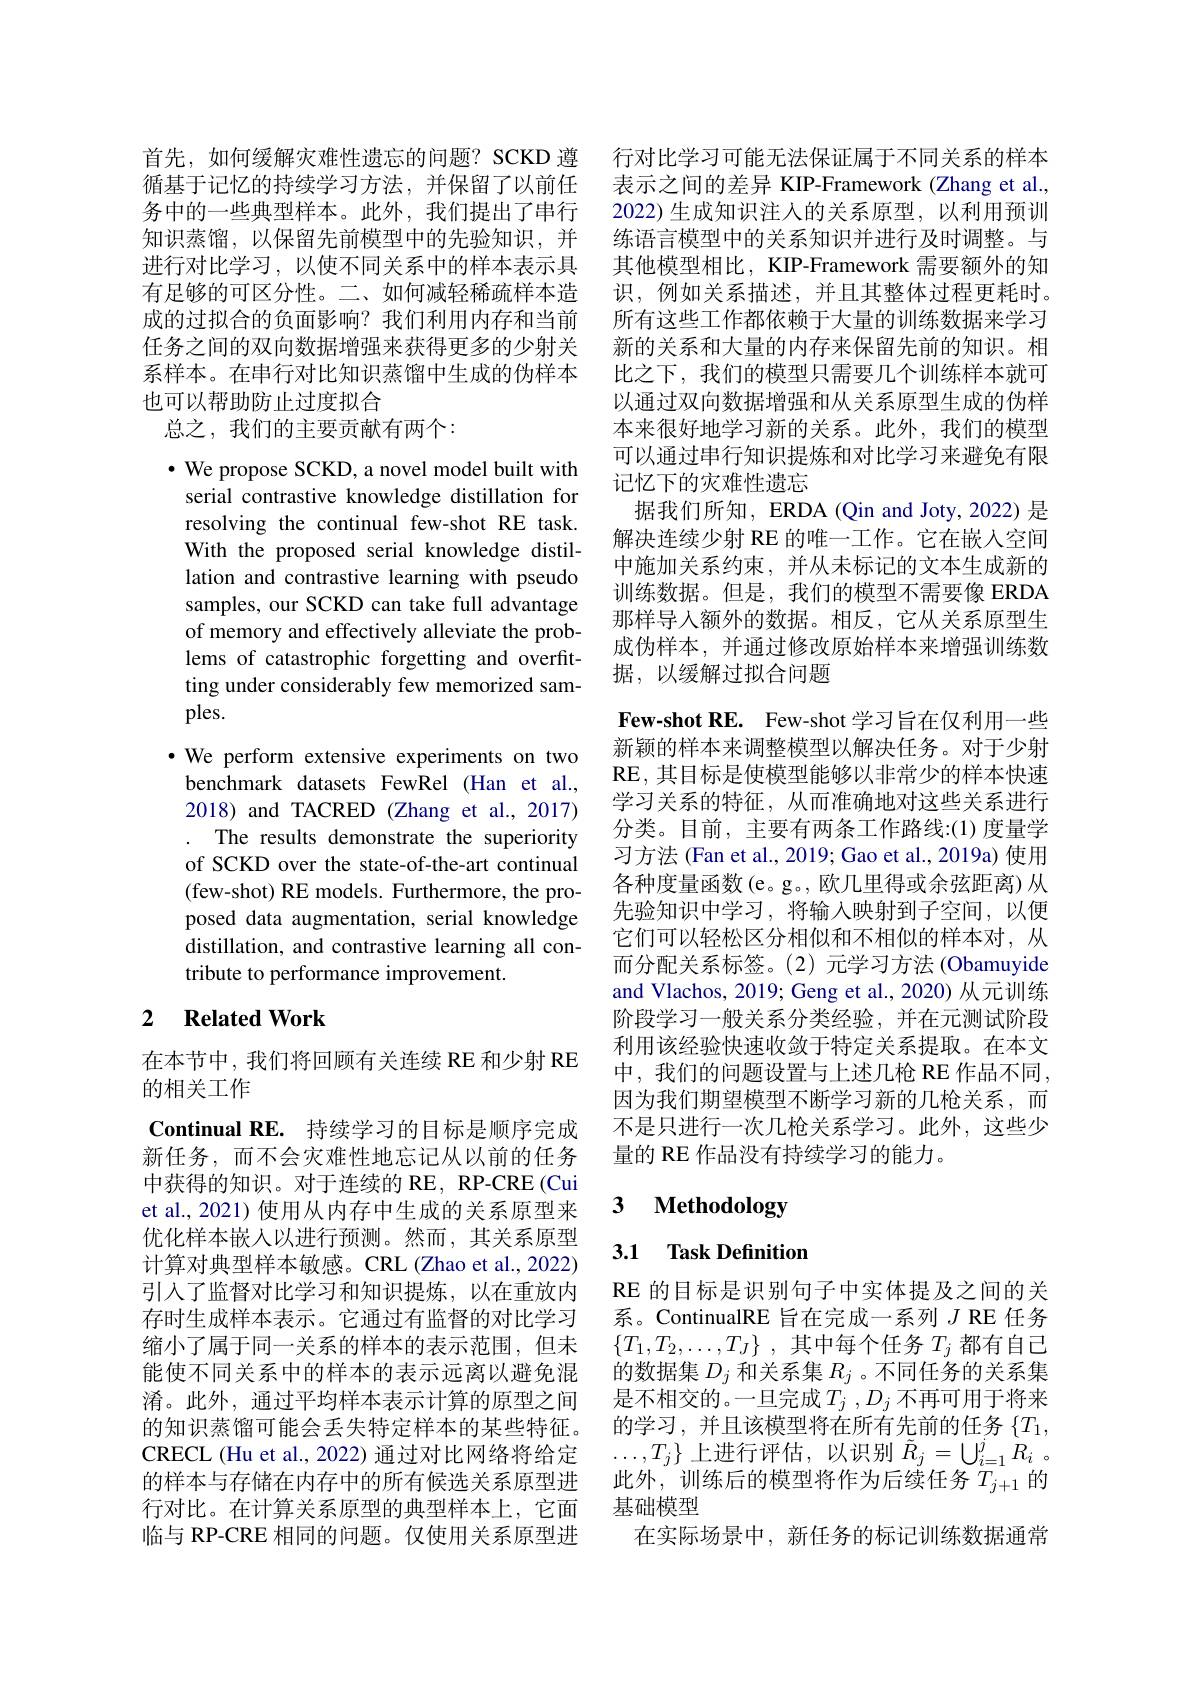
首先，如何缓解灾难性遗忘的问题？SCKD 遵 行对比学习可能无法保证属于不同关系的样本循基于记忆的持续学习方法，并保留了以前任 表示之间的差异 KIP-Framework (Zhang et al., 务中的一些典型样本。此外，我们提出了串行 2022)生成知识注人的关系原型，以利用预训知识蒸馏，以保留先前模型中的先验知识，并 练语言模型中的关系知识并进行及时调整。与进行对比学习，以使不同关系中的样本表示具 其他模型相比，KIP-Framework 需要额外的知有足够的可区分性。二、如何减轻稀疏样本造 识，例如关系描述，并且其整体过程更耗时。成的过拟合的负面影响？我们利用内存和当前
任务之间的双向数据增强来获得更多的少射关 新的关系和大量的内存来保留先前的知识。相
系样本。在串行对比知识蒸馏中生成的伪样本
也可以帮助防止过度拟合
总之，我们的主要贡献有两个：

$\bullet$ We propose SCKD, a novel model built with serial contrastive knowledge distillation for resolving the continual few-shot RE task. With the proposed serial knowledge distillation and contrastive learning with pseudo samples, our SCKD can take full advantage of memory and effectively alleviate the problems of catastrophic forgetting and overfitting under considerably few memorized samples.
$\cdot$ We perform extensive experiments on two benchmark datasets FewRel (Han et al., 2018) and TACRED (Zhang et al., 2017) . The results demonstrate the superiority of SCKD over the state-of-the-art continual (few-shot) RE models. Furthermore, the proposed data augmentation, serial knowledge distillation, and contrastive learning all contribute to performance improvement.

## 2 $\textbf{Related Work}$

在本节中，我们将回顾有关连续 RE 和少射 RE
的相关工作

Continual RE. 持续学习的目标是顺序完成新任务，而不会灾难性地忘记从以前的任务中获得的知识。对于连续的 RE, RP-CRE (Cui et al., 2021) 使用从内存中生成的关系原型来优化样本嵌人以进行预测。然而，其关系原型计算对典型样本敏感。CRL (Zhao et al., 2022) 引入了监督对比学习和知识提炼，以在重放内存时生成样本表示。它通过有监督的对比学习缩小了属于同一关系的样本的表示范围，但未能使不同关系中的样本的表示远离以避免混淆。此外，通过平均样本表示计算的原型之间的知识蒸馏可能会丢失特定样本的某些特征。CRECL (Hu et al., 2022) 通过对比网络将给定的样本与存储在内存中的所有候选关系原型进行对比。在计算关系原型的典型样本上，它面 基础模型
临与 RP-CRE 相同的问题。仅使用关系原型进

所有这些工作都依赖于大量的训练数据来学习比之下，我们的模型只需要几个训练样本就可以通过双向数据增强和从关系原型生成的伪样本来很好地学习新的关系。此外，我们的模型可以通过串行知识提炼和对比学习来避免有限记忆下的灾难性遗忘
据我们所知，ERDA (Qin and Joty, 2022) 是解决连续少射 RE 的唯一工作。它在嵌入空间中施加关系约束，并从未标记的文本生成新的训练数据。但是，我们的模型不需要像 ERDA 那样导人额外的数据。相反，它从关系原型生成伪样本，并通过修改原始样本来增强训练数据，以缓解过拟合问题
Few-shot RE. Few-shot 学习旨在仅利用一些新颖的样本来调整模型以解决任务。对于少射RE, 其目标是使模型能够以非常少的样本快速学习关系的特征，从而准确地对这些关系进行分类。目前，主要有两条工作路线：(1)度量学习方法 (Fan et al., 2019; Gao et al., 2019a) 使用各种度量函数(e。g。, 欧几里得或余弦距离) 从先验知识中学习，将输入映射到子空间，以便它们可以轻松区分相似和不相似的样本对，从而分配关系标签。(2)元学习方法(Obamuyide and Vlachos, 2019; Geng et al., 2020) 从元训练阶段学习一般关系分类经验，并在元测试阶段利用该经验快速收敛于特定关系提取。在本文中，我们的问题设置与上述几枪 RE 作品不同， 因为我们期望模型不断学习新的几枪关系，而不是只进行一次几枪关系学习。此外，这些少量的 RE 作品没有持续学习的能力。

# 3 Methodology

## 3.1 Task Definition

RE 的目标是识别句子中实体提及之间的关系。ContinualRE 旨在完成一系列$J$ RE 任务$\{ T_1, T_2, \ldots , T_J\}$ ,其中每个任务$T_j$都有自己的数据集$D_j$和关系集$R_j$ 。不同任务的关系集是不相交的。一旦完成$T_j,D_j$ 不再可用于将来的学习，并且该模型将在所有先前的任务$\{T_1$, $\ldots,T_j\}$上进行评估，以识别$\tilde{R} _j= \bigcup _i= 1^jR_i$ 。此外，训练后的模型将作为后续任务$T_j+1$的
在实际场景中，新任务的标记训练数据通常